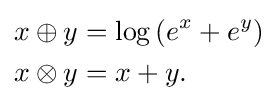
{\begin{aligned}x\oplus y&=\log \left(e^{x}+e^{y}\right)\\x\otimes y&=x+y.\end{aligned}}